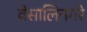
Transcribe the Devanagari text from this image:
वेसालिनगरे